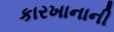
કારખાનાની